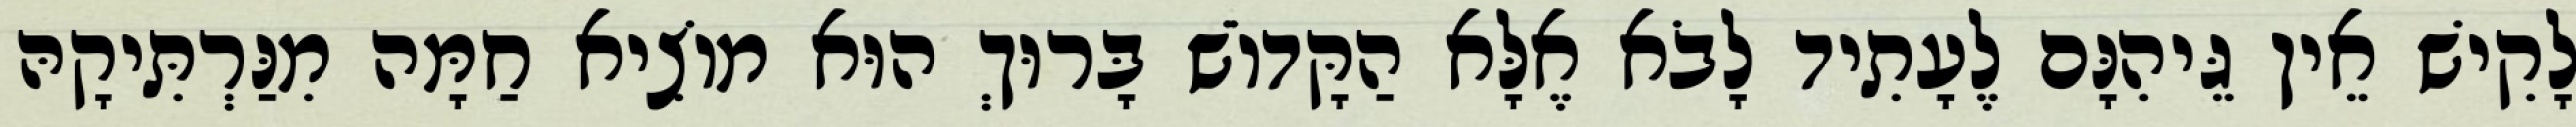
לָקִישׁ אֵין גֵּיהִנָּם לֶעָתִיד לָבֹא אֶלָּא הַקָּדוֹשׁ בָּרוּךְ הוּא מוֹצִיא חַמָּה מִנַּרְתִּיקָהּ